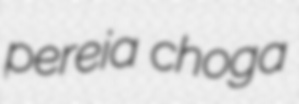
pereia choga